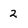
Character: 2